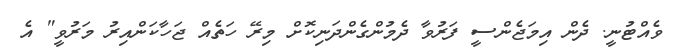
ވެއްޓުނީ. ދެން އިމަޖެންސީ ފަރުވާ ދެމުންގެންދަނިކޮށް މިރޭ ހަތެއް ޖަހާކަންއިރު މަރުވީ" އެ